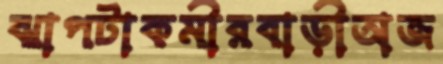
ঝাপটাকমীরবাড়ীঅজ